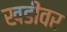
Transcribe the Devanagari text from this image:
खडीवर